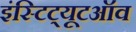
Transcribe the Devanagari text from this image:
इंस्टिट्यूटऑव